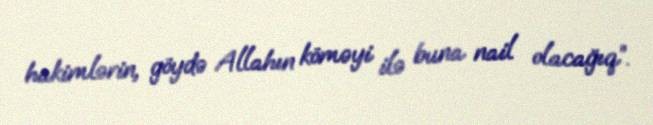
hakimlərin, göydə Allahın köməyi ilə buna nail olacağıq”.